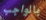
بالواجب